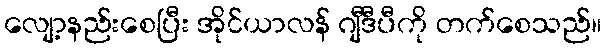
လျော့နည်းစေပြီး အိုင်ယာလန် ဂျီဒီပီကို တက်စေသည်။